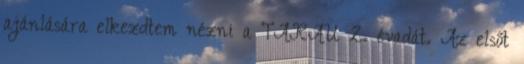
ajánlására elkezdtem nézni a TARAU 2. évadát. Az elsőt